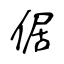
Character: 倨